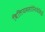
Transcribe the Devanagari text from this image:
बिलियमसोनियेसिई